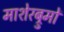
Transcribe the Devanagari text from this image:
माशेरब्रुमों